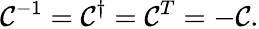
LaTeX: \mathcal{C}^{-1}=\mathcal{C}^{\dagger}=\mathcal{C}^{T}=-\mathcal{C}.